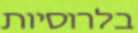
בלרוסיות